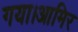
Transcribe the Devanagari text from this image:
गया।आमिर